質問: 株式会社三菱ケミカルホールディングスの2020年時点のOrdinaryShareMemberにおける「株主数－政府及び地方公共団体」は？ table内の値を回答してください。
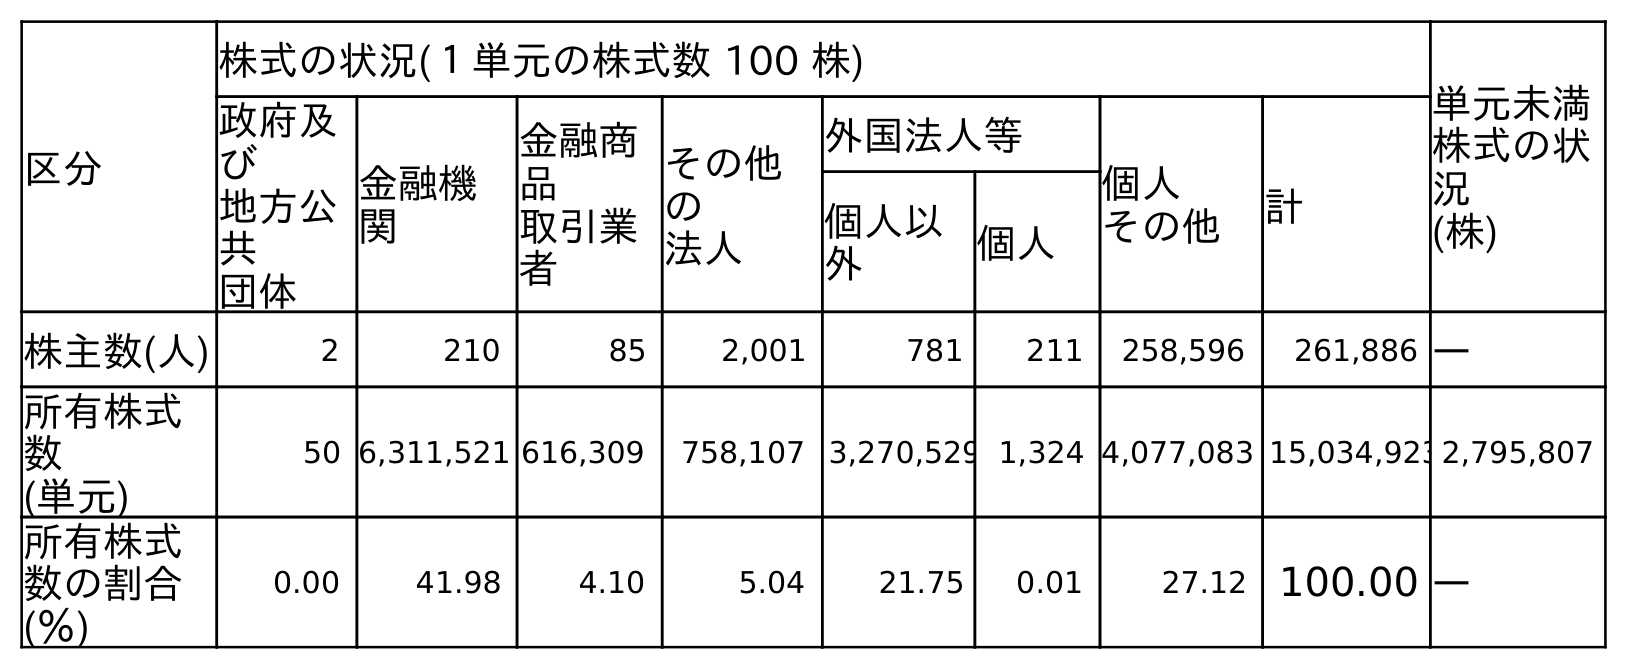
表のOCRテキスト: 区分 株式の状況(１単元の株式数 100 株) 単元未満 株式の状 況 (株) 政府及 び 地方公 共 団体 金融機 関 金融商 品 取引業 者 その他 の 法人 外国法人等 個人 その他 計 個人以 外 個人 株主数(人) 2 210 85 2,001 781 211 258,596 261,886 ― 所有株式 数 (単元) 50 6,311,521 616,309 758,107 3,270,529 1,324 4,077,083 15,034,9232,795,807 所有株式 数の割合 (％) 0.00 41.98 4.10 5.04 21.75 0.01 27.12 100.00 ―
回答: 2